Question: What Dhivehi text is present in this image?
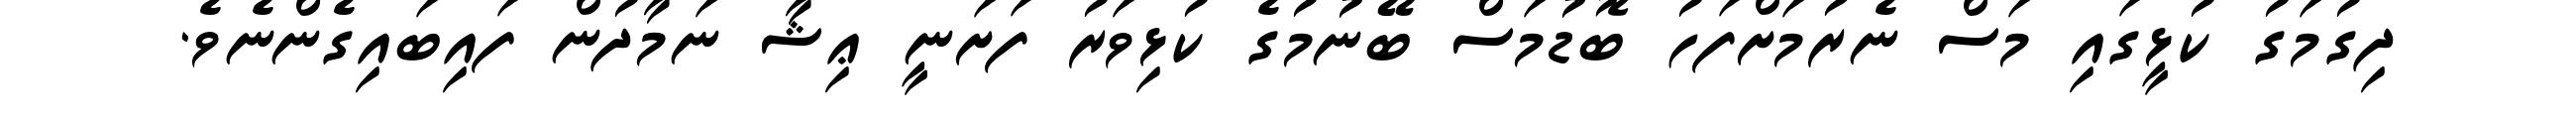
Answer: ދިގުމަގު ކުޅީގައި މަސް ނެރުމަށްފަހު ބޮޑުމަސް ބޭނުމުގެ ކުޅިވަރު ފަށަނީ ޢިޝާ ނަމާދުން ފައިބައިގެންނެވެ.